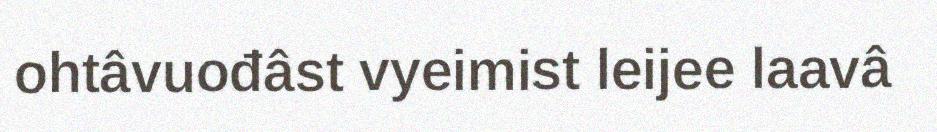
ohtâvuođâst vyeimist leijee laavâ